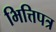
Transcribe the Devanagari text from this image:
भित्तिपत्र